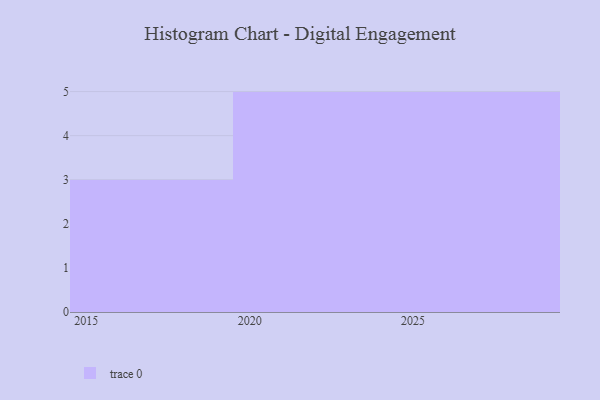
{"axis": {"x": "Year", "y": "Budget (USD K)"}, "legend": [""], "data": [{"x": "2028", "y": 13, "type": ""}, {"x": "2017", "y": 39, "type": ""}, {"x": "2023", "y": 64, "type": ""}, {"x": "2020", "y": 30, "type": ""}, {"x": "2025", "y": 93, "type": ""}, {"x": "2026", "y": 7, "type": ""}, {"x": "2029", "y": 83, "type": ""}, {"x": "2022", "y": 63, "type": ""}, {"x": "2021", "y": 6, "type": ""}, {"x": "2016", "y": 76, "type": ""}, {"x": "2027", "y": 9, "type": ""}, {"x": "2024", "y": 34, "type": ""}, {"x": "2019", "y": 58, "type": ""}]}